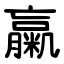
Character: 䊨